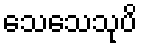
သေသေသုပိ